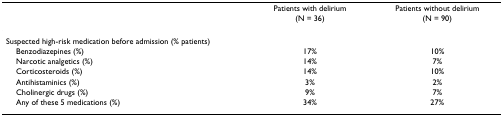
|  | Patients with delirium | Patients without delirium |
 |  | (N = 36) | (N = 90) |
 | --- | --- | --- |
 | Suspected high-risk medication before admission (% patients) |  |  |
 | Benzodiazepines (%) | 17% | 10% |
 | Narcotic analgetics (%) | 14% | 7% |
 | Corticosteroids (%) | 14% | 10% |
 | Antihistaminics (%) | 3% | 2% |
 | Cholinergic drugs (%) | 9% | 7% |
 | Any of these 5 medications (%) | 34% | 27% |